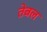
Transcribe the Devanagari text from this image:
तेबल